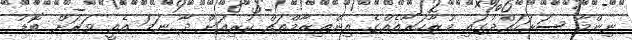
ނިންމާ ސަރަހައްދުގައި މުޒާހަރާއެއްގެ އިންތިޒާމްތައް ކުރިއަށް ދާ ނަމަ އެއީ ވަރަށް ބޮޑު